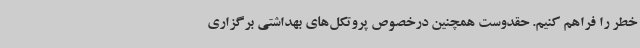
خطر را فراهم کنیم. حقدوست همچنین درخصوص پروتکل‌های بهداشتی برگزاری